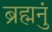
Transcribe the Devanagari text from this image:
ब्रह्मनुं